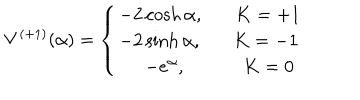
V ^ { ( + 1 ) } ( \alpha ) = \left\{ \begin{array} { l } { { - 2 \cosh \alpha , K = + 1 } } \\ { { - 2 \sinh \alpha , K = - 1 } } \\ { { \; \; - e ^ { \alpha } , \; \; K = 0 } } \\ \end{array} \right.